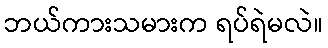
ဘယ်ကားသမားက ရပ်ရဲမလဲ။